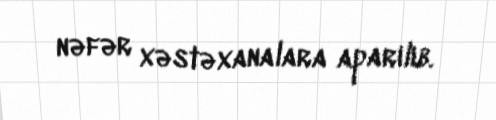
nəfər xəstəxanalara aparılıb.